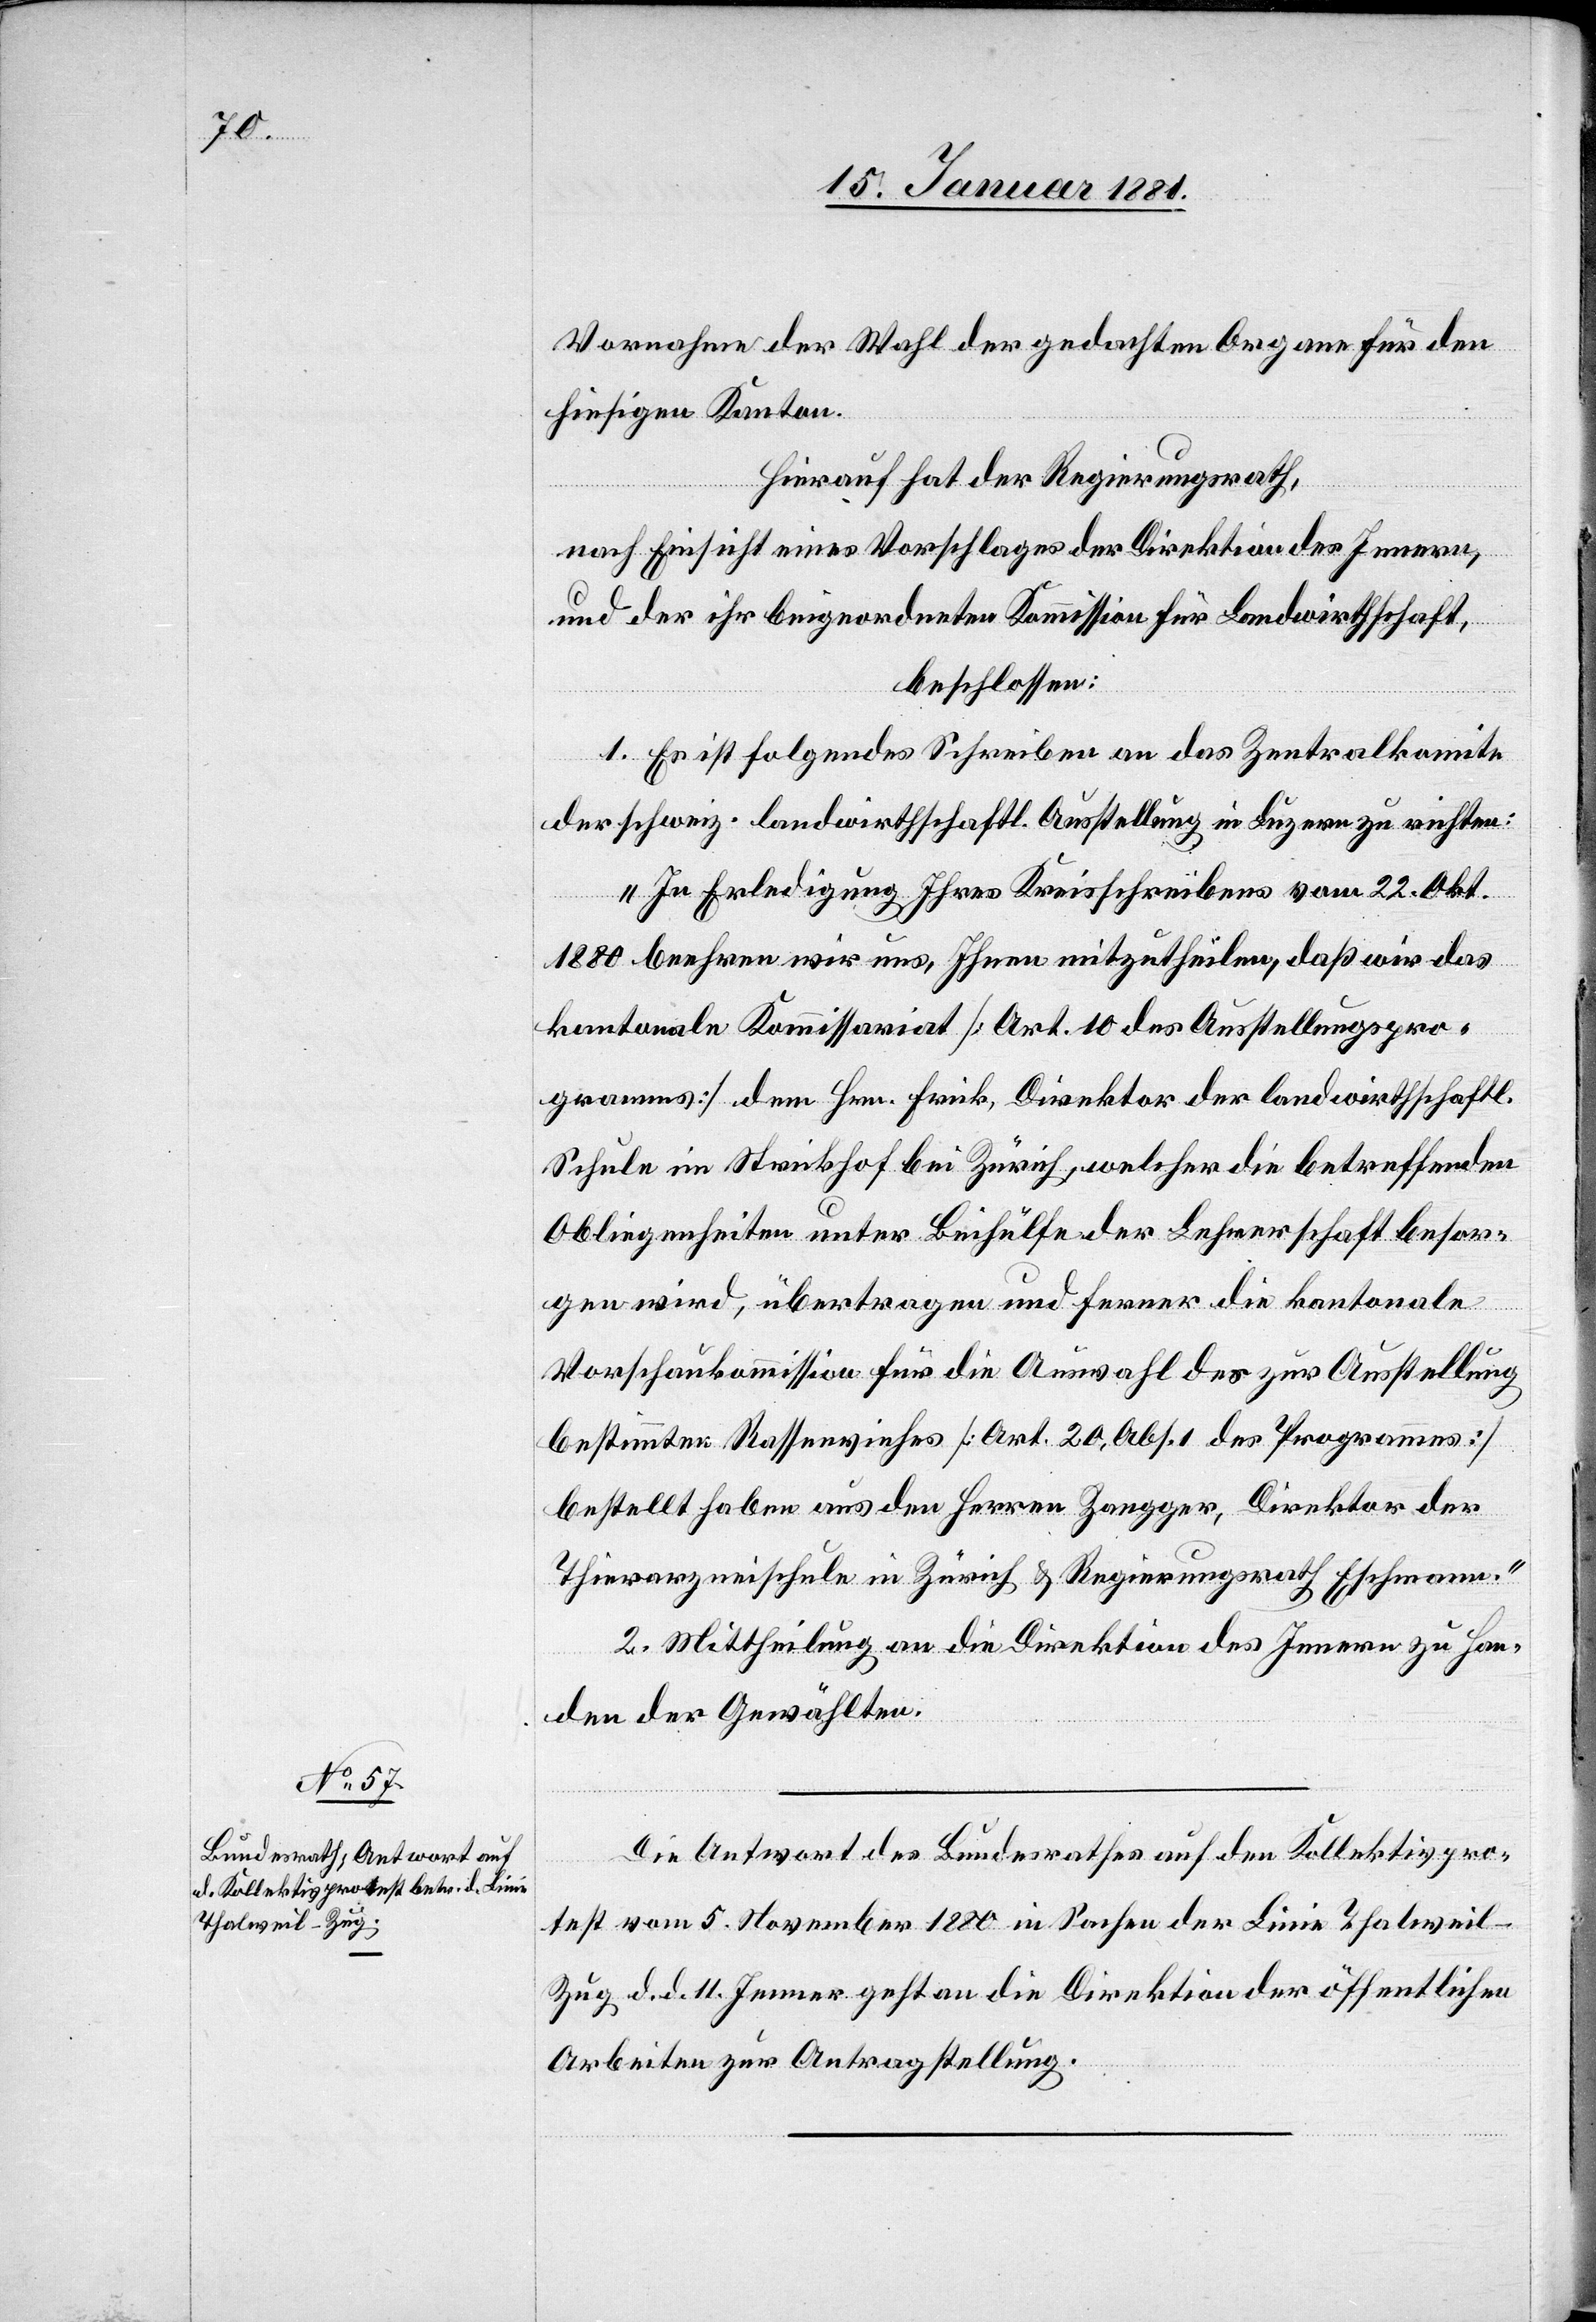
Die Antwort des Bundesrathes auf den Kollektivpro¬
test vom 5. Nov. 1880 in Sachen der Linie Thalwei¬
l–Zug d. d. 1. Jenner geht an die Direktion der öffentlichen
Arbeiten zur Antragstellung.